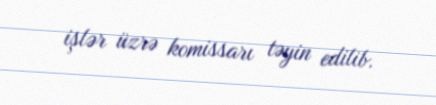
işlər üzrə komissarı təyin edilib.